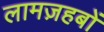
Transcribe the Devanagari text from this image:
लामज़हबों